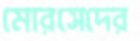
মোরসেদের